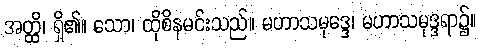
အတ္ထိ၊ ရှိ၏။ သော၊ ထိုစိနမင်းသည်။ မဟာသမုဒ္ဒေ၊ မဟာသမုဒ္ဒရာ၌။